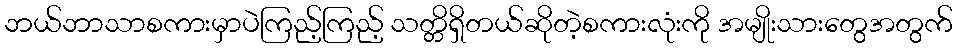
ဘယ်ဘာသာစကားမှာပဲကြည့်ကြည့် သတ္တိရှိတယ်ဆိုတဲ့စကားလုံးကို အမျိုးသားတွေအတွက်